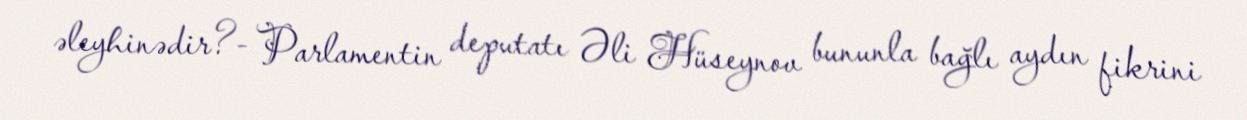
əleyhinədir?- Parlamentin deputatı Əli Hüseynov bununla bağlı aydın fikrini